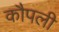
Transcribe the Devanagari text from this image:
कौपली